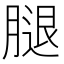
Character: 腿